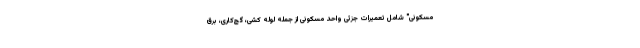
مسکونی" شامل تعمیرات جزئی واحد مسکونی از جمله لوله کشی، گچ‌کاری، برق